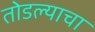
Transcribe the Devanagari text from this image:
तोडल्याचा